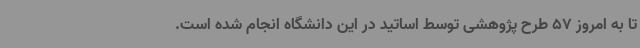
تا به امروز 57 طرح پژوهشی توسط اساتید در این دانشگاه انجام شده است.